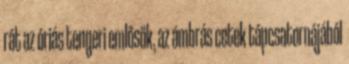
rát az óriás tengeri emlősök, az ámbrás cetek tápcsatornájából